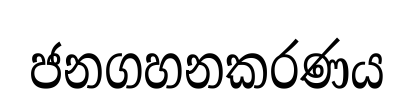
ජනගහනකරණය